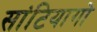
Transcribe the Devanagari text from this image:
सांटियागो